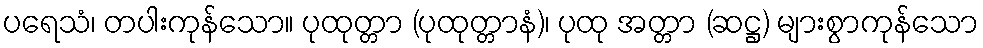
ပရေသံ၊ တပါးကုန်သော။ ပုထုတ္တာ (ပုထုတ္တာနံ)၊ ပုထု အတ္တာ (ဆဋ္ဌ) များစွာကုန်သော